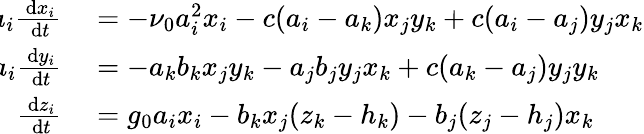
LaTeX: \begin{array}{rl}{\! \! a_{i}\frac{\, \mathrm{d}x_{i}}{\, \mathrm{d}t}}&{{}=-\nu_{0}a_{i}^{2}x_{i}-c(a_{i}-a_{k})x_{j}y_{k}+c(a_{i}-a_{j})y_{j}x_{k}}\\ {\! \! a_{i}\frac{\, \mathrm{d}y_{i}}{\, \mathrm{d}t}}&{{}=-a_{k}b_{k}x_{j}y_{k}-a_{j}b_{j}y_{j}x_{k}+c(a_{k}-a_{j})y_{j}y_{k}}\\ {\! \! \frac{\, \mathrm{d}z_{i}}{\, \mathrm{d}t}}&{{}=g_{0}a_{i}x_{i}-b_{k}x_{j}(z_{k}-h_{k})-b_{j}(z_{j}-h_{j})x_{k}}\end{array}